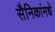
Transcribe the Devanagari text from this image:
सैनिकांमधे